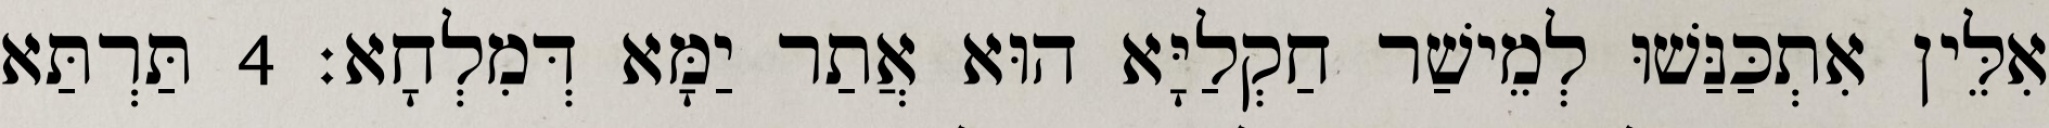
אִלֵּין אִתְכַּנַּשׁוּ לְמֵישַׁר חַקְלַיָּא הוּא אֲתַר יַמָּא דְּמִלְחָא׃ 4 תַּרְתַּא